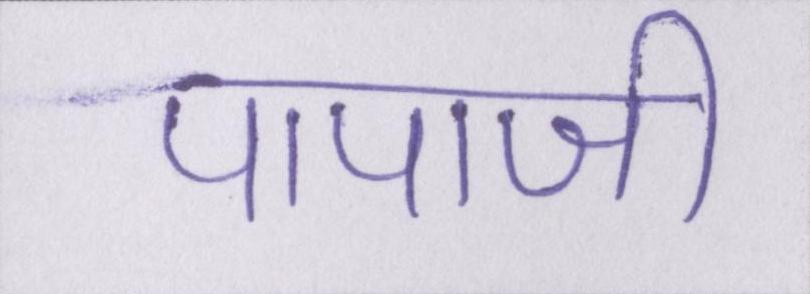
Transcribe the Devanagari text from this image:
पापाजी